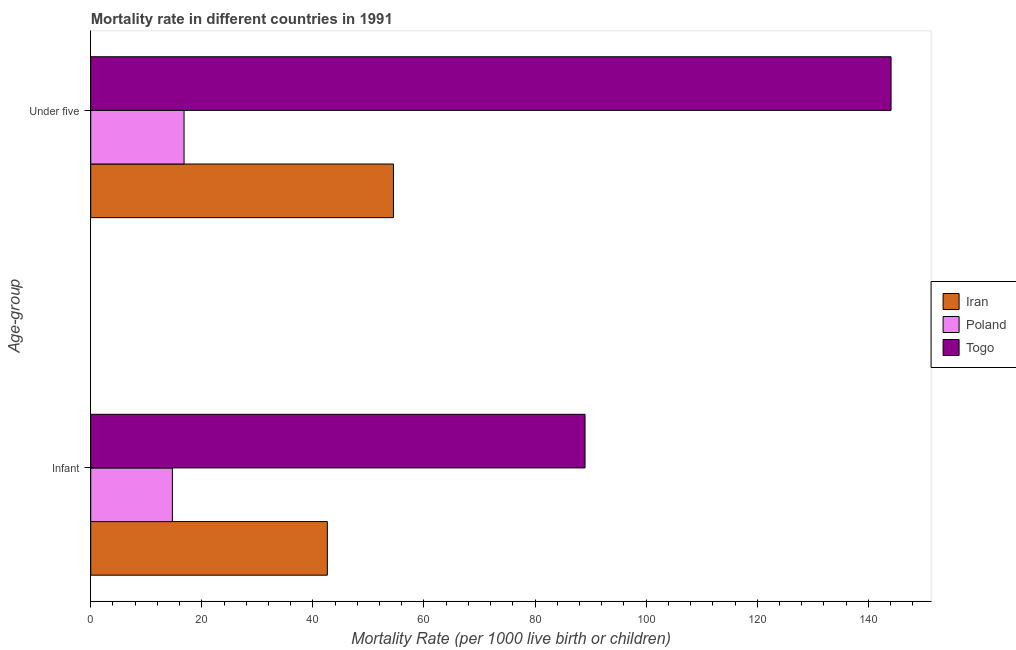
| Age-group | Iran | Poland | Togo |
 | --- | --- | --- | --- |
 | Infant | 42.6 | 14.7 | 89 |
 | Under five | 54.5 | 16.8 | 144 |